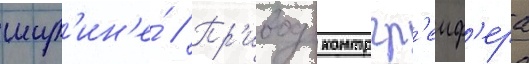
шир'ин'е́ // Пр'ивод контргр'еиф'ера